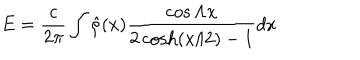
LaTeX: E = { \frac { c } { 2 \pi } } \int \hat { \rho } ( x ) { \frac { \cos \Lambda x } { 2 \cosh ( x / 2 ) - 1 } } d x